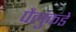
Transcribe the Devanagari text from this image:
पैलुंकडे